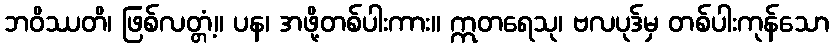
ဘဝိဿတိ၊ ဖြစ်လတ္တံ့။ ပန၊ အဖို့တစ်ပါးကား။ ဣတရေသု၊ ဗလပုဒ်မှ တစ်ပါးကုန်သော